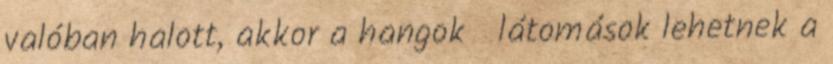
valóban halott, akkor a hangok látomások lehetnek a